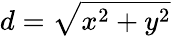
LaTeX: d={\sqrt{x^{2}+y^{2}}}